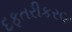
દફતરીકરણ